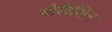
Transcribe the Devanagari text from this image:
मोकैसिन